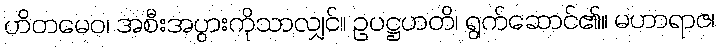
ဟိတမေဝ၊ အစီးအပွားကိုသာလျှင်။ ဥပဋ္ဌဟတိ၊ ရွက်ဆောင်၏။ မဟာရာဇ၊